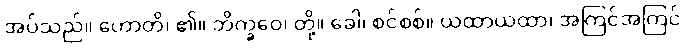
အပ်သည်။ ဟောတိ၊ ၏။ ဘိက္ခဝေ၊ တို့။ ခေါ၊ စင်စစ်။ ယထာယထာ၊ အကြင်အကြင်